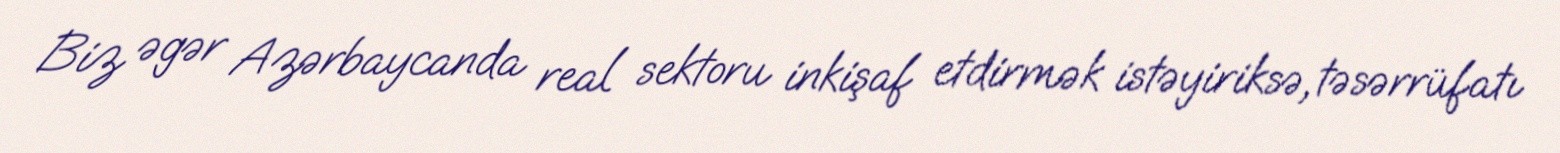
Biz əgər Azərbaycanda real sektoru inkişaf etdirmək istəyiriksə, təsərrüfatı